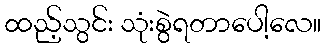
ထည့်သွင်း သုံးစွဲရတာပေါ့လေ။